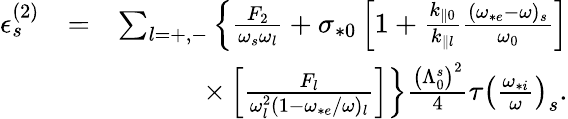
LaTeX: \begin{array}{rlr}{\epsilon_{s}^{(2)}}&{=}&{\sum_{l=+,-}\left\{ \frac{F_{2}}{\omega_{s}\omega_{l}}+\sigma_{*0}\left[1+\frac{k_{\parallel 0}}{k_{\parallel l}}\frac{(\omega_{*e}-\omega)_{s}}{\omega_{0}}\right]\right.}\\ &{}&{\left.\times\left[\frac{F_{l}}{\omega_{l}^{2}(1-\omega_{*e}/\omega)_{l}}\right]\right\} \frac{\left(\Lambda_{0}^{s}\right)^{2}}{4}\tau\left(\frac{\omega_{*i}}{\omega}\right)_{s}.}\end{array}